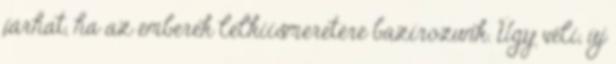
járhat, ha az emberek lelkiismeretére bazírozunk. Úgy véli, új